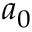
a _ { 0 }